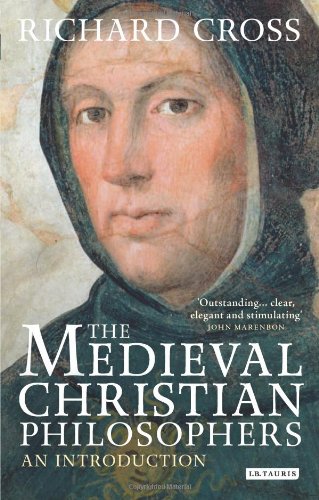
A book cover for The Medieval Christian Philosophers: An Introduction (Library of Medieval Studies); Richard Cross; Politics & Social Sciences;